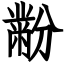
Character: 黺